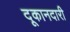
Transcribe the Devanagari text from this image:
दूकानदारी